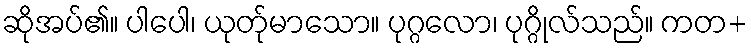
ဆိုအပ်၏။ ပါပေါ၊ ယုတ်ုမာသော။ ပုဂ္ဂလော၊ ပုဂ္ဂိုလ်သည်။ ကတ+